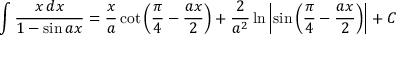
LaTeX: \int { \frac { x \, d x } { 1 - \sin a x } } = { \frac { x } { a } } \cot \left( { \frac { \pi } { 4 } } - { \frac { a x } { 2 } } \right) + { \frac { 2 } { a ^ { 2 } } } \ln \left| \sin \left( { \frac { \pi } { 4 } } - { \frac { a x } { 2 } } \right) \right| + C